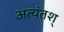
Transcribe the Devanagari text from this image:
अत्यंतश्